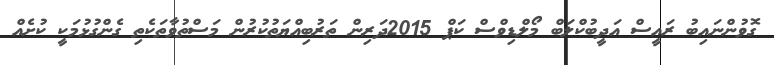
ގޮވުންނައިބު ރައީސް އަދީބުކްލަބް މޯލްޑިވްސް ކަޕް 2015ދަރިން ތަރުބިއްޔަތުކުރުން މަސްތުވާތަކެތި ގެންގުޅުމަކީ ކުށެއް